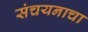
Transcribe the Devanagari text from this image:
संचयनाचा